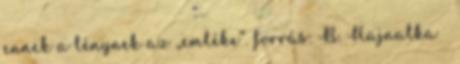
ennek a lénynek az „emléke”. forrás: B. Hajnalka